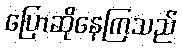
ပြောဆိုနေကြသည်